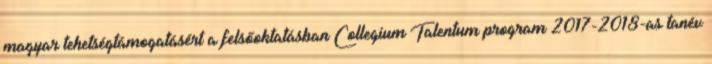
magyar tehetségtámogatásért a felsőoktatásban Collegium Talentum program 2017-2018-as tanév